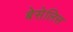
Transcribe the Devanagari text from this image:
बेसेलिस